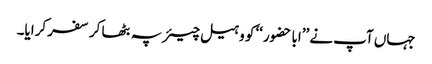
جہاں آپ نے ’’ابا حضور‘‘ کو وہیل چیئر پہ بٹھا کر سفر کرایا۔